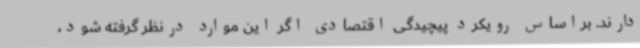
دارند. براساس رویکرد پیچیدگی اقتصادی اگر این موارد درنظر گرفته شود،